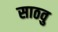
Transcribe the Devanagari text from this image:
साठवु